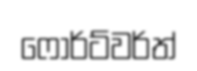
ෆොර්ට්වර්ත්